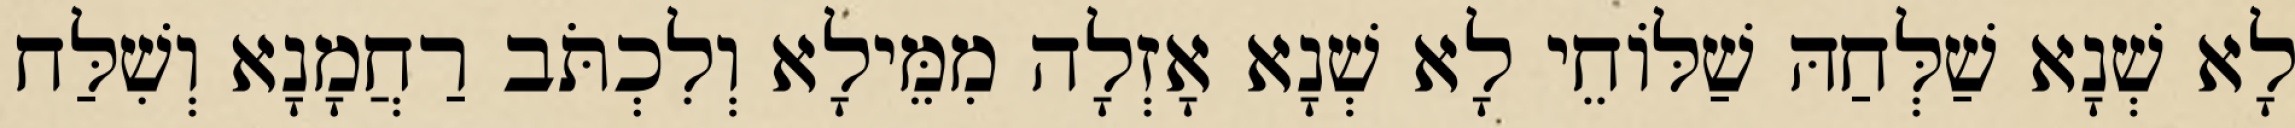
לָא שְׁנָא שַׁלְּחַהּ שַׁלּוֹחֵי לָא שְׁנָא אָזְלָה מִמֵּילָא וְלִכְתֹּב רַחֲמָנָא וְשִׁלַּח